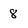
Character: 8